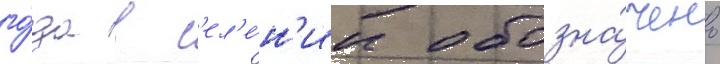
го́да в с'ел'е́н'ии обозна́чено